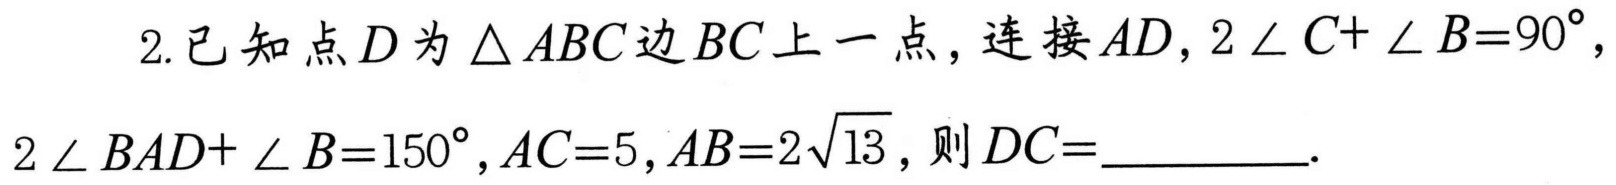
2.已知点\(D\)为\(\triangle ABC\)边\(BC\)上一点，连接\(AD\)，\(2\angle C+\angle B = 90^{\circ}\)，\(2\angle BAD+\angle B = 150^{\circ}\)，\(AC = 5\)，\(AB = 2\sqrt{13}\)，则\(DC=\)__________.